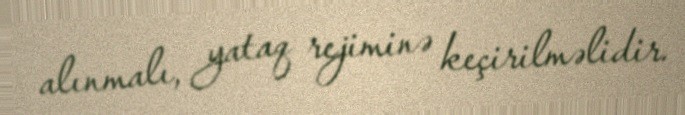
alınmalı, yataq rejiminə keçirilməlidir.